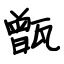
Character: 甑